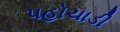
પહોચાડી